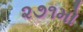
૨૭૧મો